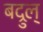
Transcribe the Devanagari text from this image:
बद्रुल्